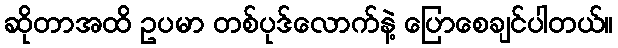
ဆိုတာအထိ ဥပမာ တစ်ပုဒ်လောက်နဲ့ ပြောစေချင်ပါတယ်။